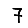
Digit: 7